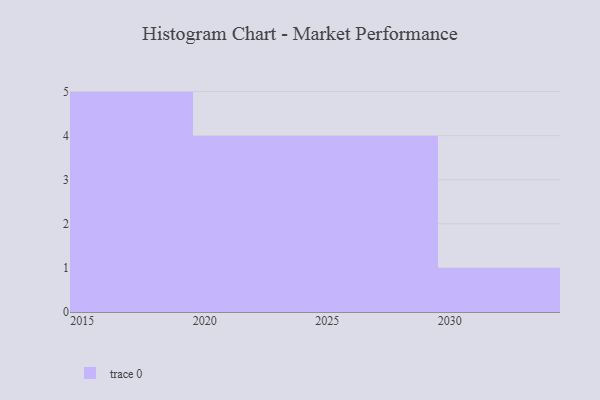
{"axis": {"x": "Year", "y": "Shipments"}, "legend": [""], "data": [{"x": "2015", "y": 93, "type": ""}, {"x": "2024", "y": 12, "type": ""}, {"x": "2019", "y": 93, "type": ""}, {"x": "2023", "y": 22, "type": ""}, {"x": "2030", "y": 37, "type": ""}, {"x": "2022", "y": 11, "type": ""}, {"x": "2017", "y": 78, "type": ""}, {"x": "2020", "y": 19, "type": ""}, {"x": "2025", "y": 24, "type": ""}, {"x": "2029", "y": 27, "type": ""}, {"x": "2028", "y": 10, "type": ""}, {"x": "2026", "y": 59, "type": ""}, {"x": "2016", "y": 82, "type": ""}, {"x": "2018", "y": 46, "type": ""}]}